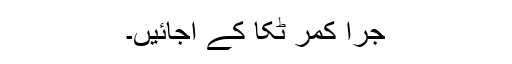
جرا کمر ٹِکا کے آجائیں۔